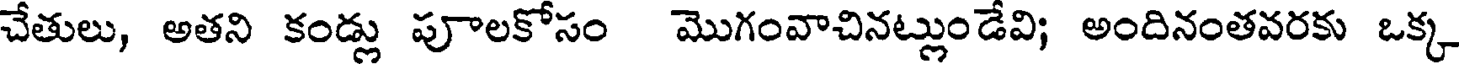
చేతులు, అతని కండ్లు పూలకోసం మొగంవాచినట్లుండేవి; అందినంతవరకు ఒక్క